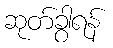
ဆုတ်ခွာရန်